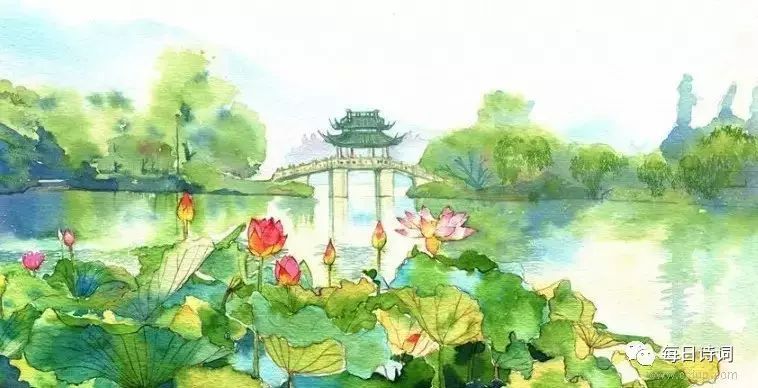
有三秋桂子，十里荷花。